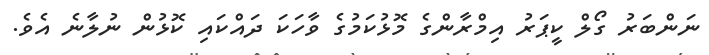
ނަންބަރު ގޯލް ކީޕަރު އިމްރާންގެ މޮޅުކަމުގެ ވާހަކަ ދައްކައި ކޮޅުން ނުލާނެ އެވެ.